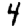
Digit: 4